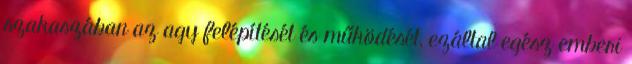
szakaszában az agy felépítését és működését, ezáltal egész emberi